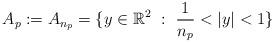
LaTeX: \begin{align*}A_p:=A_{n_p}=\{y\in \mathbb R^2\ :\ \frac{1}{n_p}<|y|<1 \}\end{align*}